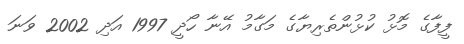
ފީފާގެ މޮޅު ކުޅުންތެރިޔާގެ މަގާމު އޭނާ ހޯދީ 1997 އަދި 2002 ވަނަ